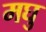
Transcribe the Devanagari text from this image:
मघु